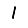
Digit: 1